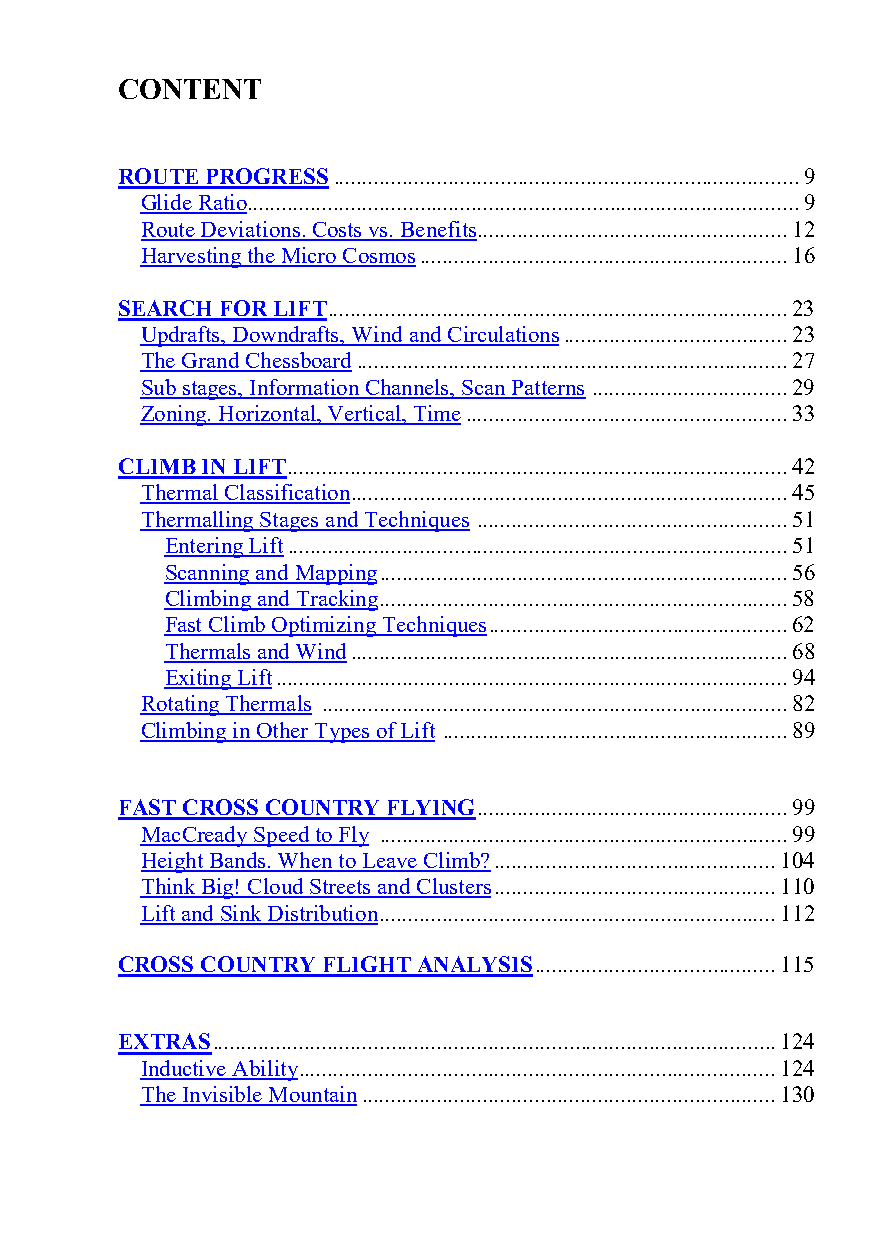
CONTENT
 ROUTE PROGRESS ................................................................................. 9
 Glide Ratio ................................................................................................ 9
 Route Deviations. Costs vs. Benefits ...................................................... 12
 Harvesting the Micro Cosmos ................................................................ 16
 SEARCH FOR LIFT ................................................................................ 23
 Updrafts, Downdrafts, Wind and Circulations ....................................... 23
 The Grand Chessboard ........................................................................... 27
 Sub stages, Information Channels, Scan Patterns .................................. 29
 Zoning. Horizontal, Vertical, Time ........................................................ 33
 CLIMB IN LIFT ....................................................................................... 42
 Thermal Classification ............................................................................ 45
 Thermalling Stages and Techniques ...................................................... 51
 Entering Lift ....................................................................................... 51
 Scanning and Mapping ....................................................................... 56
 Climbing and Tracking ....................................................................... 58
 Fast Climb Optimizing Techniques .................................................... 62
 Thermals and Wind ............................................................................ 68
 Exiting Lift ......................................................................................... 94
 Rotating Thermals ................................................................................. 82
 Climbing in Other Types of Lift ............................................................ 89
 FAST CROSS COUNTRY FLYING ...................................................... 99
 MacCready Speed to Fly ....................................................................... 99
 Height Bands. When to Leave Climb? ................................................. 104
 Think Big! Cloud Streets and Clusters ................................................. 110
 Lift and Sink Distribution ..................................................................... 112
 CROSS COUNTRY FLIGHT ANALYSIS .......................................... 115
 EXTRAS .................................................................................................. 124
 Inductive Ability ................................................................................... 124
 The Invisible Mountain ........................................................................ 130